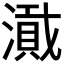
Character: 𪷎